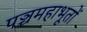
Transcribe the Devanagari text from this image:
पञ्चमहाभूतों